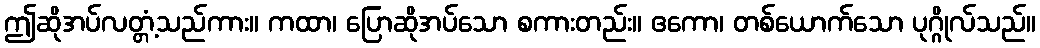
ဤဆိုအပ်လတ္တံ့သည်ကား။ ကထာ၊ ပြောဆိုအပ်သော စကားတည်း။ ဧကော၊ တစ်ယောက်သော ပုဂ္ဂိုလ်သည်။